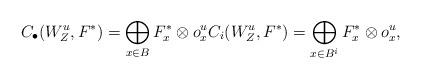
LaTeX: \begin{align*}\begin{aligned}C_{\bullet}(W^{u}_{Z}, F^{*})=\bigoplus_{x\in B}F^{*}_{x}\otimes o^{u}_{x} C_{i}(W^{u}_{Z}, F^{*})=\bigoplus_{x\in B^{i}}F^{*}_{x}\otimes o^{u}_{x},\end{aligned}\end{align*}